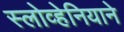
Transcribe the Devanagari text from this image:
स्लोव्हेनियाने